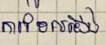
ការដែលយើង